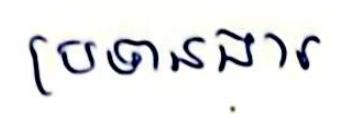
ប្រទានងារ